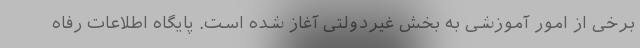
برخی از امور آموزشی به بخش غیردولتی آغاز شده است. پایگاه اطلاعات رفاه